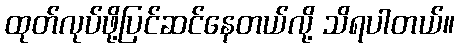
ထုတ်လုပ်ဖို့ပြင်ဆင်နေတယ်လို့ သိရပါတယ်။